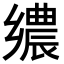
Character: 𮞀